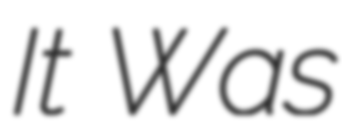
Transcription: It Was